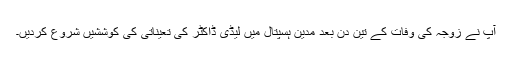
آپ نے زوجہ کی وفات کے تین دن بعد مدین ہسپتال میں لیڈی ڈاکٹر کی تعیناتی کی کوششیں شروع کردیں۔